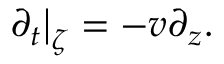
\partial _ { t } \big | _ { \zeta } = - v \partial _ { z } .